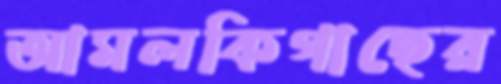
আমলকিগাছের